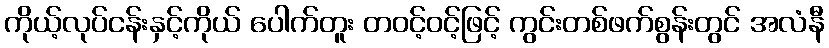
ကိုယ့်လုပ်ငန်းနှင့်ကိုယ် ပေါက်တူး တဝင့်ဝင့်ဖြင့် ကွင်းတစ်ဖက်စွန်းတွင် အလံနီ